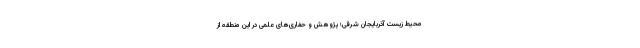
محیط زیست آذربایجان شرقی؛ پژوهش و حفاری‌های علمی در این منطقه از